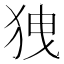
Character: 㹭